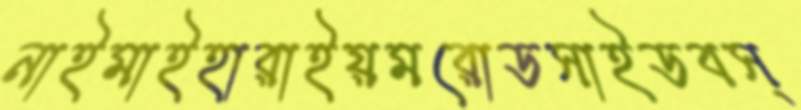
নাইমাইহারাইয়মরোডসাইডবস্